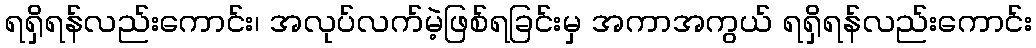
ရရှိရန်လည်းကောင်း၊ အလုပ်လက်မဲ့ဖြစ်ရခြင်းမှ အကာအကွယ် ရရှိရန်လည်းကောင်း